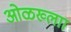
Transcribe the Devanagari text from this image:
ओळख्लाा